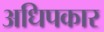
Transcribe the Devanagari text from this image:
अधिपकार